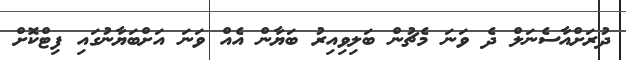
ދުރަށްއާސެނަލް ދެ ވަނަ މެޗުން ބަލިވިއިރު ބަޔާން އެއް ވަނަ އަށްބަޔާނުގައި ފިޓްކޮށް